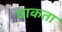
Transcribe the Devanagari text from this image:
वाकता